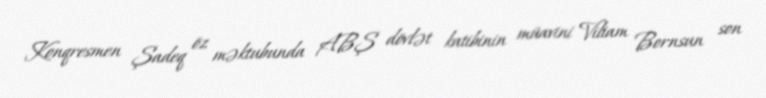
Konqresmen Şadeq öz məktubunda ABŞ dövlət katibinin müavini Viliam Bornsun son